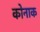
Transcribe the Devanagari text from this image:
कोनाक